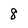
Character: 8